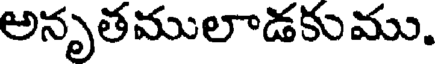
అనృతములాడకుము.